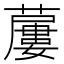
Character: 𧀓